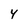
Character: 4